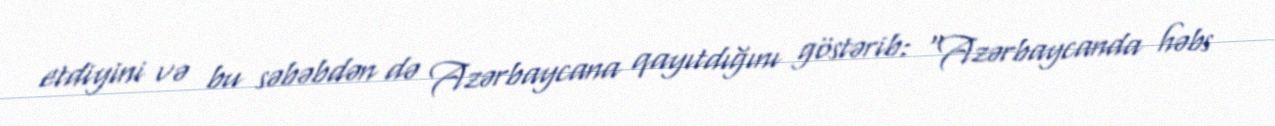
etdiyini və bu səbəbdən də Azərbaycana qayıtdığını göstərib: “Azərbaycanda həbs